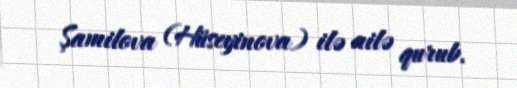
Şamilova (Hüseyinova) ilə ailə qurub.